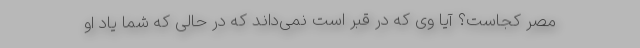
مصر کجاست؟ آیا وی که در قبر است نمی‌داند که در حالی که شما یاد او